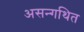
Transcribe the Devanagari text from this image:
असन्गथित